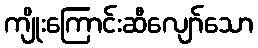
ကျိုးကြောင်းဆီလျော်သော